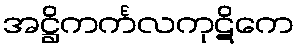
အဋ္ဌိကင်္ကလကုဋိကေ